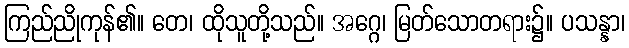
ကြည်ညိုကုန်၏။ တေ၊ ထိုသူတို့သည်။ အဂ္ဂေ၊ မြတ်သောတရား၌။ ပသန္နာ၊